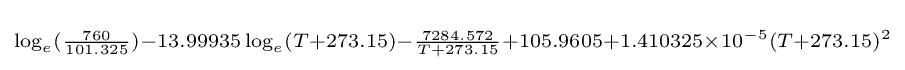
\scriptstyle \log _{e}({\frac {760}{101.325}})-13.99935\log _{e}(T+273.15)-{\frac {7284.572}{T+273.15}}+105.9605+1.410325\times 10^{-5}(T+273.15)^{2}